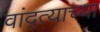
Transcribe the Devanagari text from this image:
वांद्त्‍याच्या